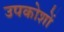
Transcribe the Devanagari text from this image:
उपकोशों